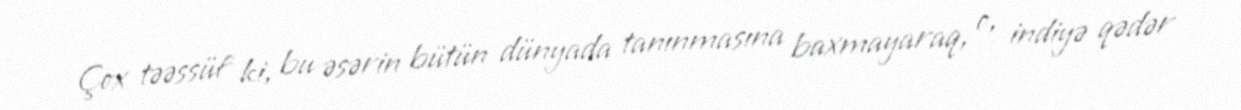
Çox təəssüf ki, bu əsərin bütün dünyada tanınmasına baxmayaraq, o, indiyə qədər